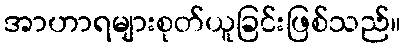
အာဟာရများစုတ်ယူခြင်းဖြစ်သည်။